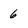
Character: 6